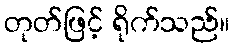
တုတ်ဖြင့် ရိုက်သည်။